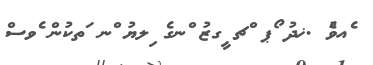
ެއވެު .ޚދު ޯޕ ްޗ ީގޒު ްނގެ ިލޔު ްނ ަތކުން ެވސް